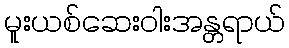
မူးယစ်ဆေးဝါးအန္တရာယ်